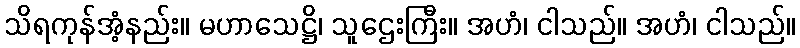
သိရကုန်အံ့နည်း။ မဟာသေဋ္ဌိ၊ သူဌေးကြီး။ အဟံ၊ ငါသည်။ အဟံ၊ ငါသည်။